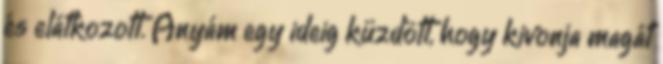
és elátkozott. Anyám egy ideig küzdött, hogy kivonja magát